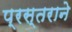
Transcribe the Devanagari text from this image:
प्रस्तराने